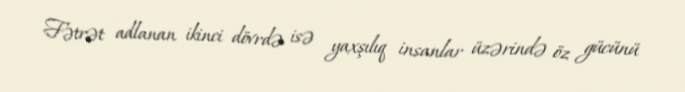
Fətrət adlanan ikinci dövrdə isə yaxşılıq insanlar üzərində öz gücünü